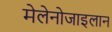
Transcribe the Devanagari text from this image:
मेलेनोजाइलान